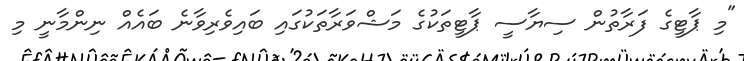
"މި ޕާޓީގެ ފަރާތުން ސިޔާސީ ޕާޓީތަކުގެ މަޝްވަރާތަކުގައި ބައިވެރިވާނެ ބައެއް ނިންމާނީ މި